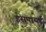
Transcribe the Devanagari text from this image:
इंसपायर्ड